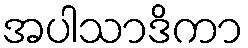
အပါသာဒိကာ